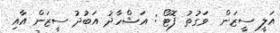
އަލީ ސީޒަން  ވަގުތު ފޮޓޯ : އަޝްހާދު އަބުދު ސީޒަން އާއި